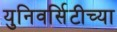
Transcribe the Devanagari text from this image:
युनिवर्सिटीच्या